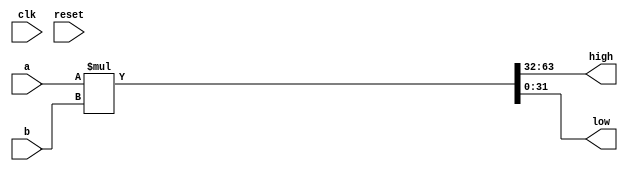
`timescale 1ns / 1ps
//////////////////////////////////////////////////////////////////////////////////
// Company: 
// Engineer: 
// 
// Design Name: 
// Module Name: MULTU
// Project Name: 
// Target Devices: 
// Tool Versions: 
// Description: 
// 
// Dependencies: 
// 
// Revision:
// Revision 0.01 - File Created
// Additional Comments:
// 
//////////////////////////////////////////////////////////////////////////////////


module MULTU(
    input clk, 
    input reset,
    input [31:0] a,
    input [31:0] b,
    output [31:0] high,
    output [31:0] low
    );
    //?
        assign {high, low} = a * b;
    
endmodule